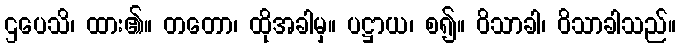
ဌပေသိ၊ ထား၏။ တတော၊ ထိုအခါမှ။ ပဋ္ဌာယ၊ စ၍။ ဝိသာခါ၊ ဝိသာခါသည်။